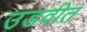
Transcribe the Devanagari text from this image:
उडवीत